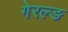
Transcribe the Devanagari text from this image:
गेरल्ङ